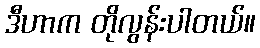
ဒီဟာက တိုလွန်းပါတယ်။